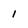
Character: l